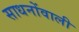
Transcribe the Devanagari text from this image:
साधनोंवाली